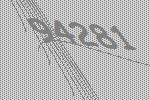
94281